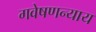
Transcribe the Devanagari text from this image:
गवेषणन्याय